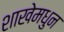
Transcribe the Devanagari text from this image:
शाखेमधुन